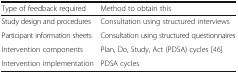
<table><thead><tr><td><b>Type of feedback required</b></td><td><b>Method to obtain this</b></td></tr></thead><tbody><tr><td>Study design and procedures</td><td>Consultation using structured interviews</td></tr><tr><td>Participant information sheets</td><td>Consultation using structured questionnaires</td></tr><tr><td>Intervention components</td><td>Plan, Do, Study, Act (PDSA) cycles [46]</td></tr><tr><td>Intervention implementation</td><td>PDSA cycles</td></tr></tbody></table>